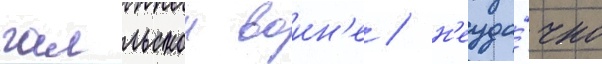
галльскои воин'е / н'еуда́чно